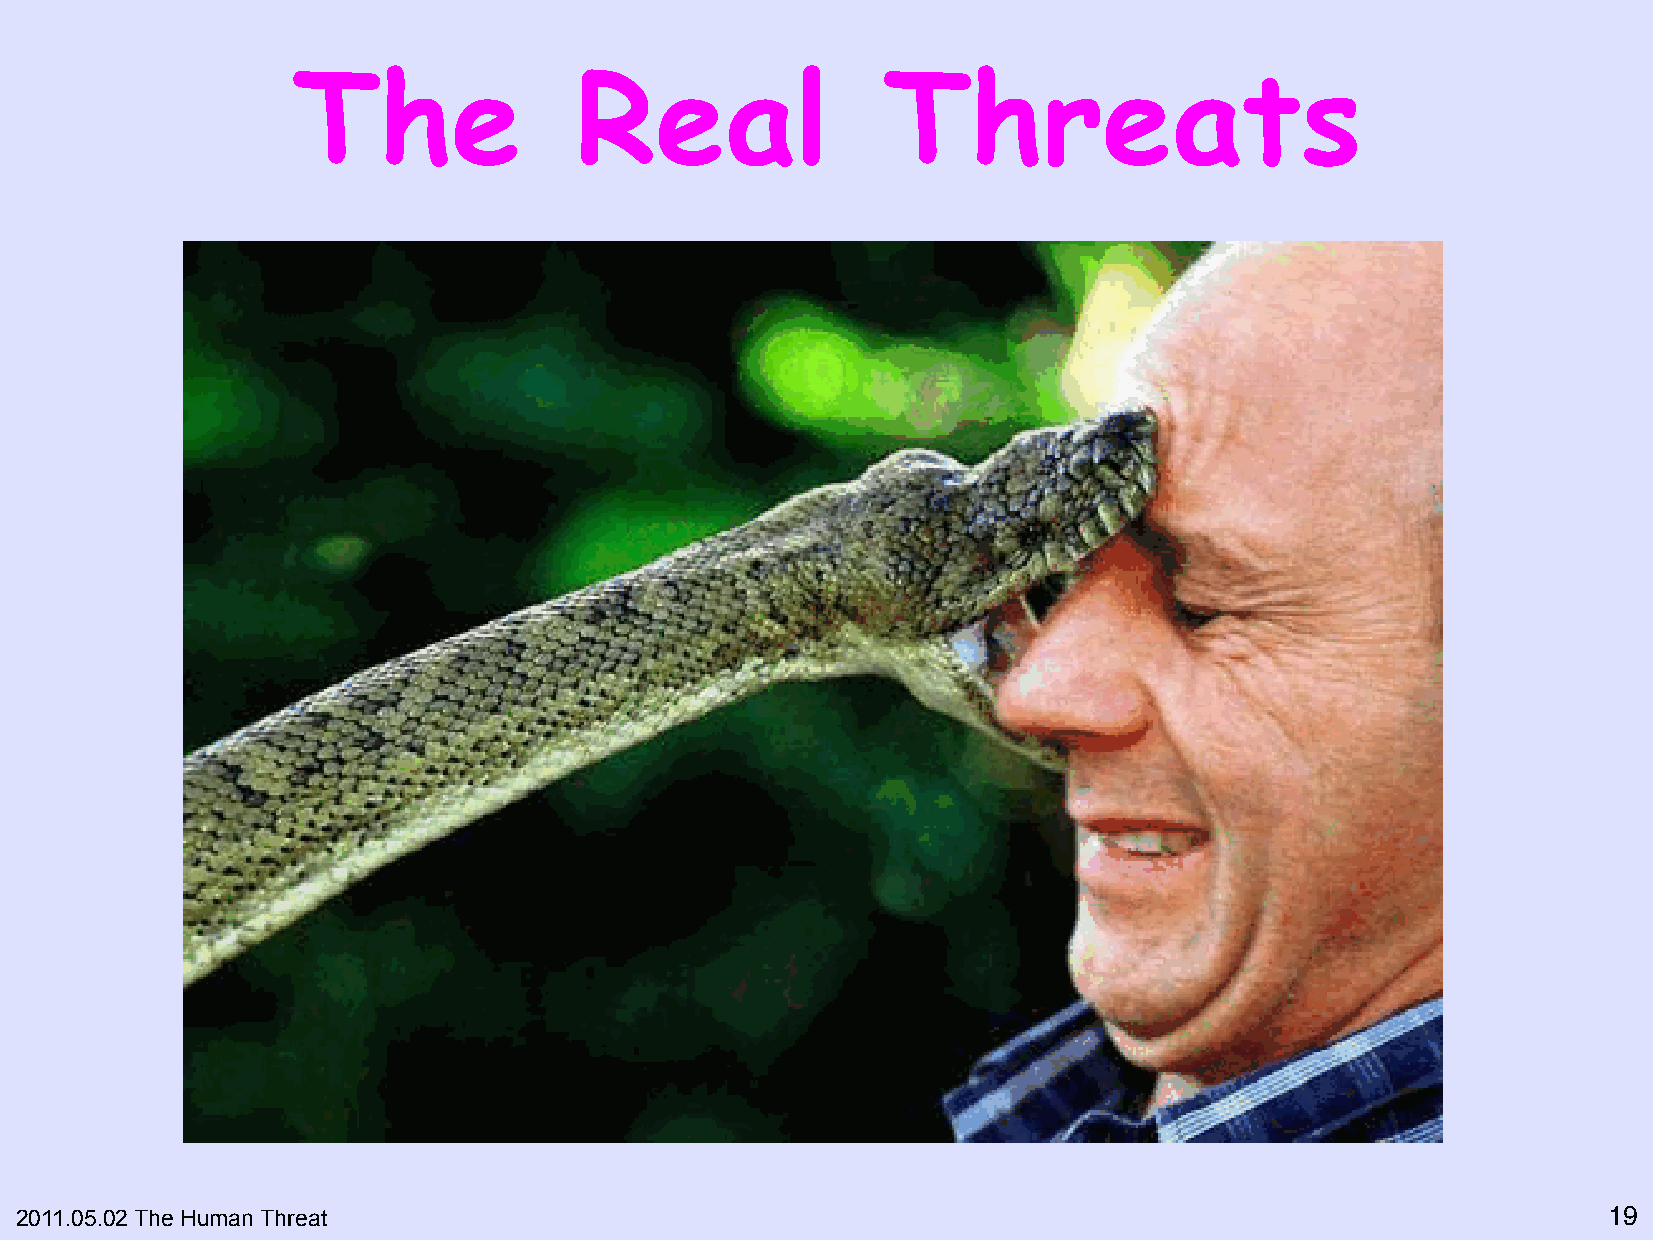
The                Real                Threats
 2011.05.02 The Human Threat                                                                              19"